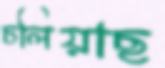
চলিয়াছ